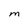
Character: M